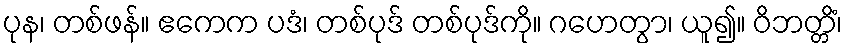
ပုန၊ တစ်ဖန်။ ဧကေက ပဒံ၊ တစ်ပုဒ် တစ်ပုဒ်ကို။ ဂဟေတွာ၊ ယူ၍။ ဝိဘတ္တိံ၊